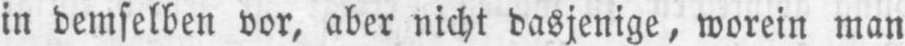
in demselben vor, aber nicht dasjenige, worein man